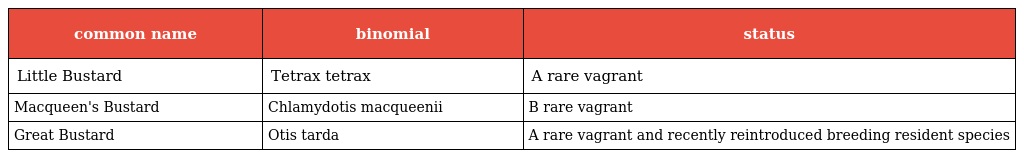
| common name | binomial | status |
 | --- | --- | --- |
 | Little Bustard | Tetrax tetrax | A rare vagrant |
 | Macqueen's Bustard | Chlamydotis macqueenii | B rare vagrant |
 | Great Bustard | Otis tarda | A rare vagrant and recently reintroduced breeding resident species |